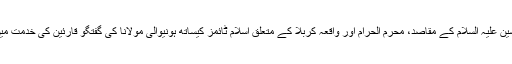
قیام امام حسین علیہ السلام کے مقاصد، محرم الحرام اور واقعہ کربلا کے متعلق اسلام ٹائمز کیساتھ ہونیوالی مولانا کی گفتگو قارئین کی خدمت میں پیش ہے۔